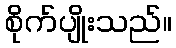
စိုက်ပျိုးသည်။